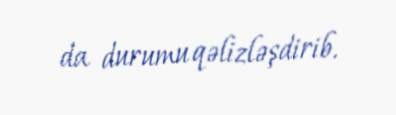
da durumu qəlizləşdirib.